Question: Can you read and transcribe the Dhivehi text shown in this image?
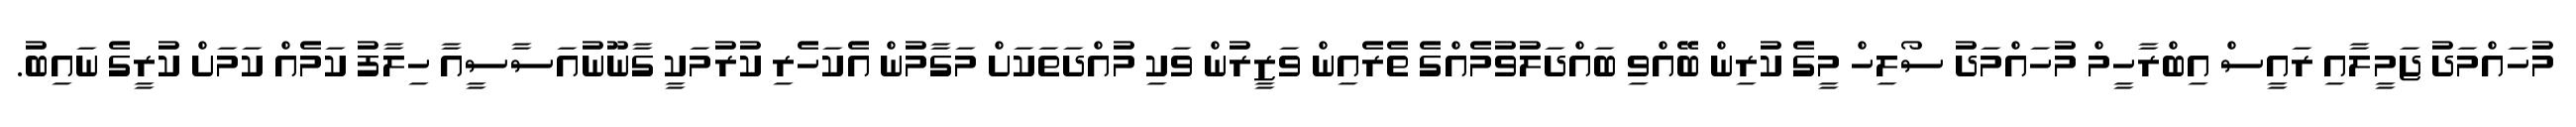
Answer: މުހައްމަދު ޖަމީލާއި ރައީސް އިބްރާހީމް މުހައްމަދު ސޯލިހް މީގެ ކުރިން ބޭއްވި ބައްދަލުވުމެއްގެ ތެރެއިން ވަޒީރުން ވަކި މުއްދަތަކަށް މަގާމުން އެކަހެރި ކުރުމަކީ ގާނޫނުއަސާސީއާ ހިލާފު ކަމެއް ކަމަށް ކުރީގެ ނައިބު.